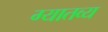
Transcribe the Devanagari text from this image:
ग्यातव्य